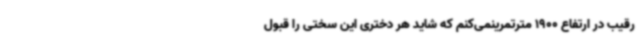
رقیب در ارتفاع 1900 مترتمرینمی‌کنم که شاید هر دختری این سختی را قبول